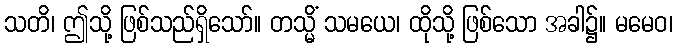
သတိ၊ ဤသို့ ဖြစ်သည်ရှိသော်။ တသ္မိံ သမယေ၊ ထိုသို့ ဖြစ်သော အခါ၌။ မမေဝ၊